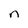
Character: n